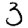
Digit: 3